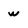
Character: w